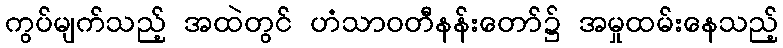
ကွပ်မျက်သည့် အထဲတွင် ဟံသာဝတီနန်းတော်၌ အမှုထမ်းနေသည့်